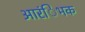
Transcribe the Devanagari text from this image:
आरंिभक